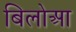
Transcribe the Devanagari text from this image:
बिलोआ